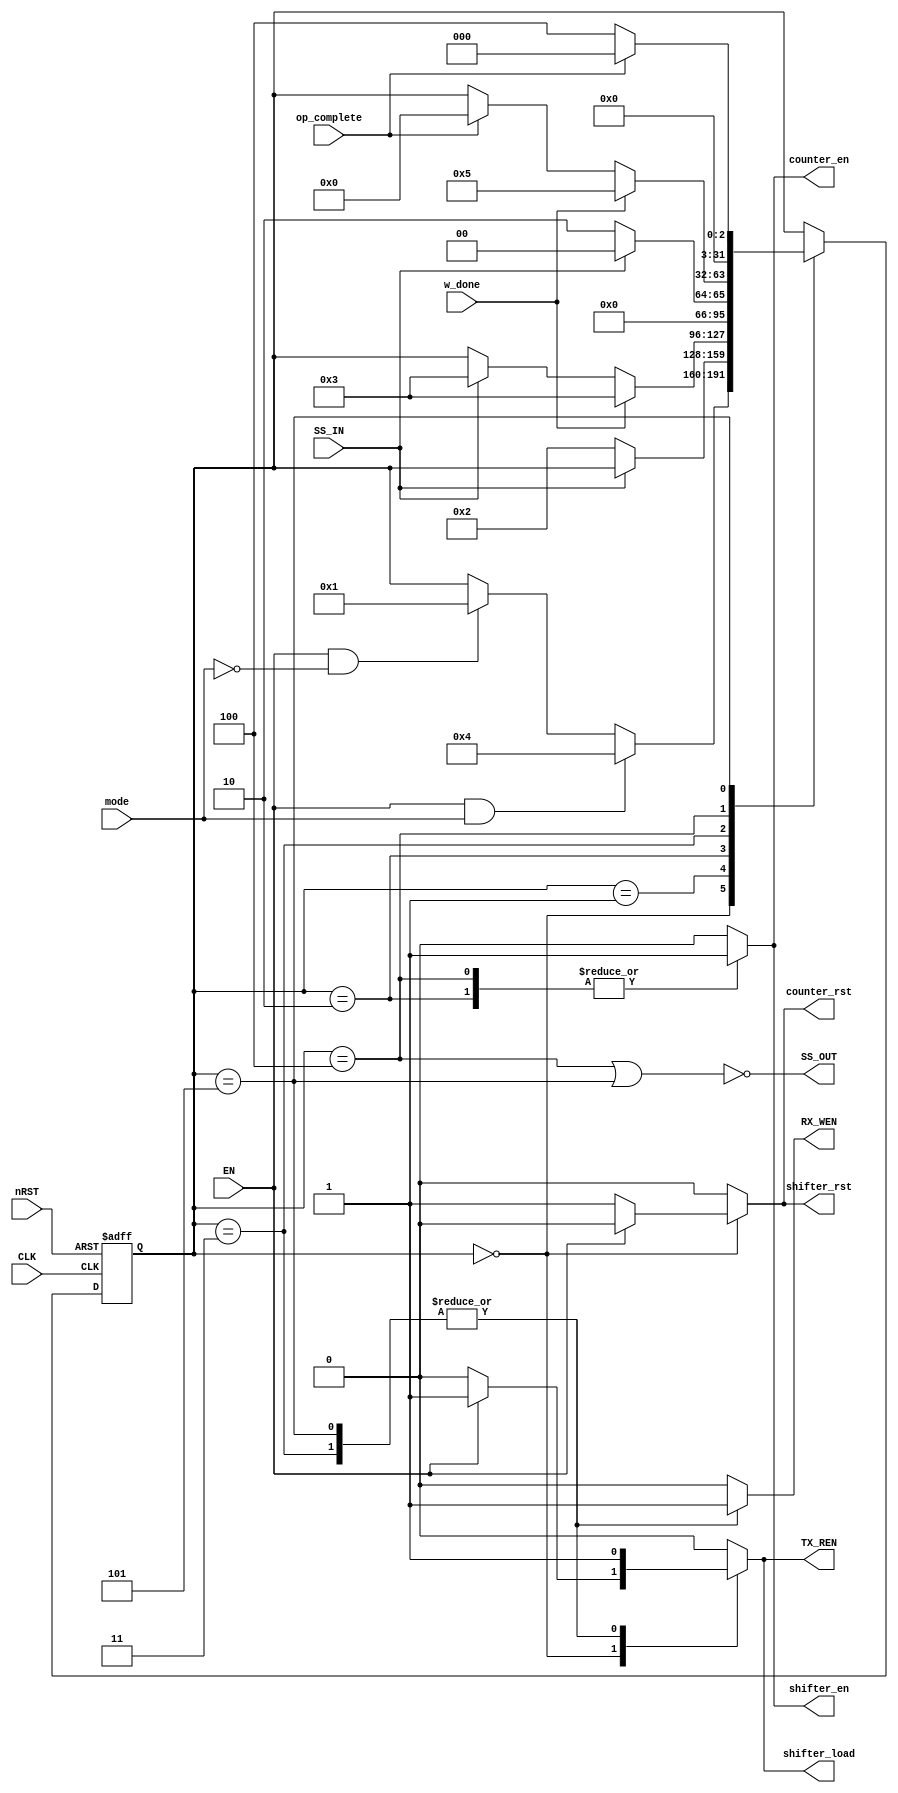
module controller (
	CLK,
	nRST,
	mode,
	EN,
	op_complete,
	w_done,
	SS_IN,
	SS_OUT,
	shifter_en,
	shifter_load,
	counter_en,
	shifter_rst,
	counter_rst,
	TX_REN,
	RX_WEN
);
	input wire CLK;
	input wire nRST;
	input wire mode;
	input wire EN;
	input wire op_complete;
	input wire w_done;
	input wire SS_IN;
	output wire SS_OUT;
	output reg shifter_en;
	output reg shifter_load;
	output reg counter_en;
	output reg shifter_rst;
	output reg counter_rst;
	output reg TX_REN;
	output reg RX_WEN;
	localparam MASTER = 1'b1;
	localparam SLAVE = 1'b0;
	reg [31:0] state;
	reg [31:0] state_n;
	localparam [31:0] IDLE = 0;
	always @(posedge CLK or negedge nRST)
		if (!nRST)
			state <= IDLE;
		else
			state <= state_n;
	localparam [31:0] MASTER_BUFFER = 5;
	localparam [31:0] MASTER_TXN = 4;
	localparam [31:0] SLAVE_BUFFER = 3;
	localparam [31:0] SLAVE_TXN = 2;
	localparam [31:0] SLAVE_WAIT = 1;
	always @(*) begin : NEXT_STATE
		state_n = state;
		casez (state)
			IDLE:
				if (EN && (mode == MASTER))
					state_n = MASTER_TXN;
				else if (EN && (mode == SLAVE))
					state_n = SLAVE_WAIT;
			SLAVE_WAIT:
				if (~SS_IN)
					state_n = SLAVE_TXN;
			SLAVE_TXN:
				if (w_done)
					state_n = SLAVE_BUFFER;
				else if (SS_IN)
					state_n = SLAVE_BUFFER;
			SLAVE_BUFFER:
				if (SS_IN)
					state_n = IDLE;
				else
					state_n = SLAVE_TXN;
			MASTER_TXN:
				if (w_done)
					state_n = MASTER_BUFFER;
				else if (op_complete)
					state_n = IDLE;
			MASTER_BUFFER:
				if (op_complete)
					state_n = IDLE;
				else
					state_n = MASTER_TXN;
		endcase
	end
	assign SS_OUT = !((state == MASTER_TXN) || (state == MASTER_BUFFER));
	always @(*) begin : OUTPUT_LOGIC
		shifter_en = 1'b0;
		shifter_load = 1'b0;
		counter_en = 1'b0;
		shifter_rst = 1'b0;
		counter_rst = 1'b0;
		TX_REN = 1'b0;
		RX_WEN = 1'b0;
		casez (state)
			IDLE:
				if (EN) begin
					TX_REN = 1;
					shifter_load = 1;
				end
				else begin
					shifter_rst = 1;
					counter_rst = 1;
				end
			SLAVE_TXN, MASTER_TXN: begin
				shifter_en = 1;
				counter_en = 1;
			end
			SLAVE_BUFFER, MASTER_BUFFER: begin
				TX_REN = 1;
				RX_WEN = 1;
				shifter_load = 1;
				shifter_en = 0;
				counter_en = 0;
			end
		endcase
	end
endmodule